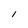
Character: 1